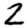
Digit: 2